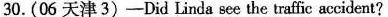
30. (06 天津3)—Did Linda see the traffic accident？